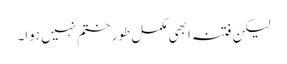
لیکن فتنہ ابھی مکمل طور ختم نہیں ہوا۔